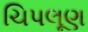
ચિપલૂણ